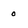
Character: o